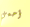
أحمي